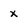
Character: x